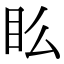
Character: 𥃼